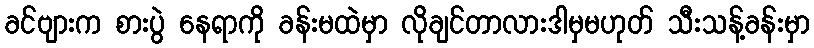
ခင်ဗျားက စားပွဲ နေရာကို ခန်းမထဲမှာ လိုချင်တာလားဒါမှမဟုတ် သီးသန့်ခန်းမှာ